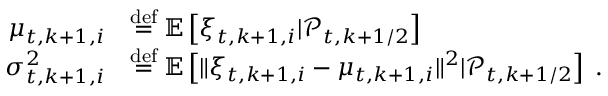
\begin{array} { r l } { \mu _ { t , k + 1 , i } } & { \ensuremath { \stackrel { \mathrm { d e f } } { = } } \mathbb { E } \left[ \xi _ { t , k + 1 , i } \vert \mathcal { P } _ { t , k + 1 / 2 } \right] } \\ { \sigma _ { t , k + 1 , i } ^ { 2 } } & { \ensuremath { \stackrel { \mathrm { d e f } } { = } } \mathbb { E } \left[ \| \xi _ { t , k + 1 , i } - \mu _ { t , k + 1 , i } \| ^ { 2 } \vert \mathcal { P } _ { t , k + 1 / 2 } \right] \; . } \end{array}